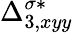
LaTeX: {\Delta}_{3,xyy}^{\sigma*}